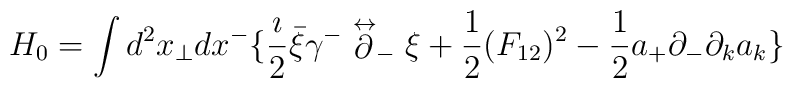
H_0= \int d^2x_\perp dx^- \{ {\imath \over 2} \bar{\xi}\gamma^-\stackrel{\leftrightarrow} {\partial}_-\xi + {1 \over 2} (F_{12})^2-{1 \over 2}a_+\partial_- \partial_k a_k \}